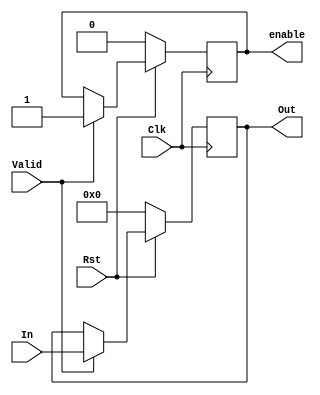
//ECE 6370

module load6b(In,Out,Valid,Clk,Rst, enable);
input[5:0] In;
output reg[5:0] Out;
input Valid,Clk,Rst;
output reg enable;

always@(posedge Clk)
begin
  if(Rst==0)
  begin
    Out<=4'b0000;
    enable<=0; //Change from 0000 to 1111
  end
  else
  begin
    if(Valid==1)
    begin
      Out<=In;
      enable<=1;
    end

  end
end

endmodule